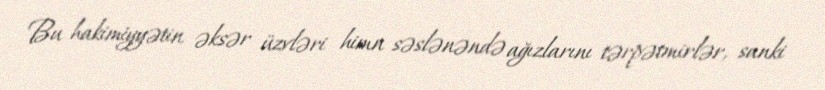
Bu hakimiyyətin əksər üzvləri himn səslənəndə ağızlarını tərpətmirlər, sanki